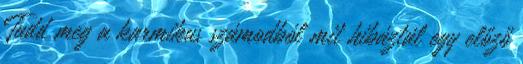
Tudd meg a karmikus számodból mit hibáztál egy előző